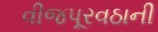
વીજપૂરવઠાની